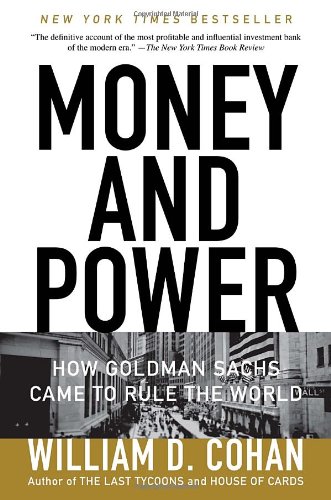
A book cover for Money and Power: How Goldman Sachs Came to Rule the World; William D. Cohan; Business & Money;